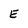
Character: E